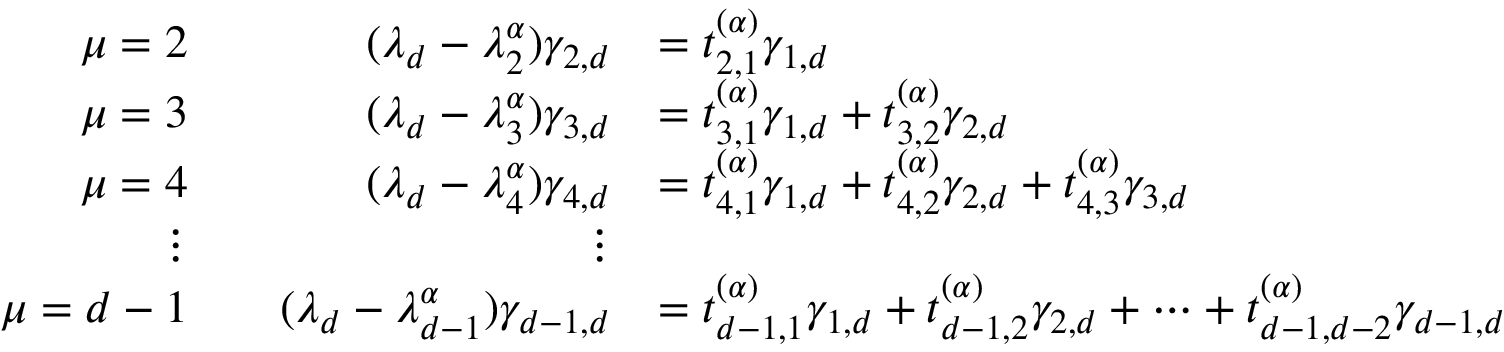
\begin{array} { r l r l } { \mu = 2 } & { } & { ( \lambda _ { d } - \lambda _ { 2 } ^ { \alpha } ) \gamma _ { 2 , d } } & { = t _ { 2 , 1 } ^ { ( \alpha ) } \gamma _ { 1 , d } } \\ { \mu = 3 } & { } & { ( \lambda _ { d } - \lambda _ { 3 } ^ { \alpha } ) \gamma _ { 3 , d } } & { = t _ { 3 , 1 } ^ { ( \alpha ) } \gamma _ { 1 , d } + t _ { 3 , 2 } ^ { ( \alpha ) } \gamma _ { 2 , d } } \\ { \mu = 4 } & { } & { ( \lambda _ { d } - \lambda _ { 4 } ^ { \alpha } ) \gamma _ { 4 , d } } & { = t _ { 4 , 1 } ^ { ( \alpha ) } \gamma _ { 1 , d } + t _ { 4 , 2 } ^ { ( \alpha ) } \gamma _ { 2 , d } + t _ { 4 , 3 } ^ { ( \alpha ) } \gamma _ { 3 , d } } \\ { \vdots } & { } & { \vdots } \\ { \mu = d - 1 } & { } & { ( \lambda _ { d } - \lambda _ { d - 1 } ^ { \alpha } ) \gamma _ { d - 1 , d } } & { = t _ { d - 1 , 1 } ^ { ( \alpha ) } \gamma _ { 1 , d } + t _ { d - 1 , 2 } ^ { ( \alpha ) } \gamma _ { 2 , d } + \cdots + t _ { d - 1 , d - 2 } ^ { ( \alpha ) } \gamma _ { d - 1 , d } } \end{array}